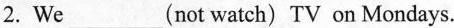
2. We___(not watch) TV on Mondays.